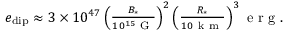
\begin{array} { r } { e _ { \mathrm { d i p } } \approx 3 \times 1 0 ^ { 4 7 } \left( \frac { B _ { * } } { 1 0 ^ { 1 5 } \mathrm { ~ G ~ } } \right) ^ { 2 } \left( \frac { R _ { * } } { 1 0 \mathrm { ~ k ~ m ~ } } \right) ^ { 3 } \mathrm { ~ e ~ r ~ g ~ } . } \end{array}